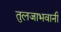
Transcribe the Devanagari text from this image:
तुलजाभवानी